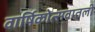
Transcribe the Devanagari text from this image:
वार्षिकोत्सवातली